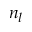
n _ { l }